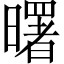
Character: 曙